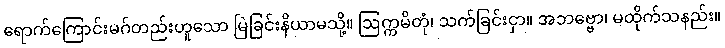
ရောက်ကြောင်းမဂ်တည်းဟူသော မြဲခြင်းနိယာမသို့။ ဩက္ကမိတုံ၊ သက်ခြင်းငှာ။ အဘဗ္ဗော၊ မထိုက်သနည်း။